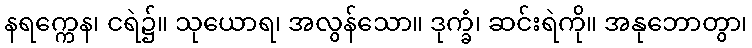
နရက္ကေန၊ ငရဲ၌။ သုယောရ၊ အလွန်သော။ ဒုက္ခံ၊ ဆင်းရဲကို။ အနုဘောတွာ၊